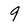
Character: 9